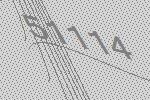
51114